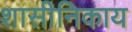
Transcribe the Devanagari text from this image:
शासीनिकाय